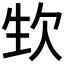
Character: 𣢡